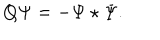
Q \Psi = - \Psi \star \Psi .